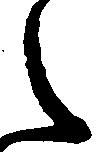
之